Insane asylums Bombay 1873-77 - 1873-1877
Year: 1873
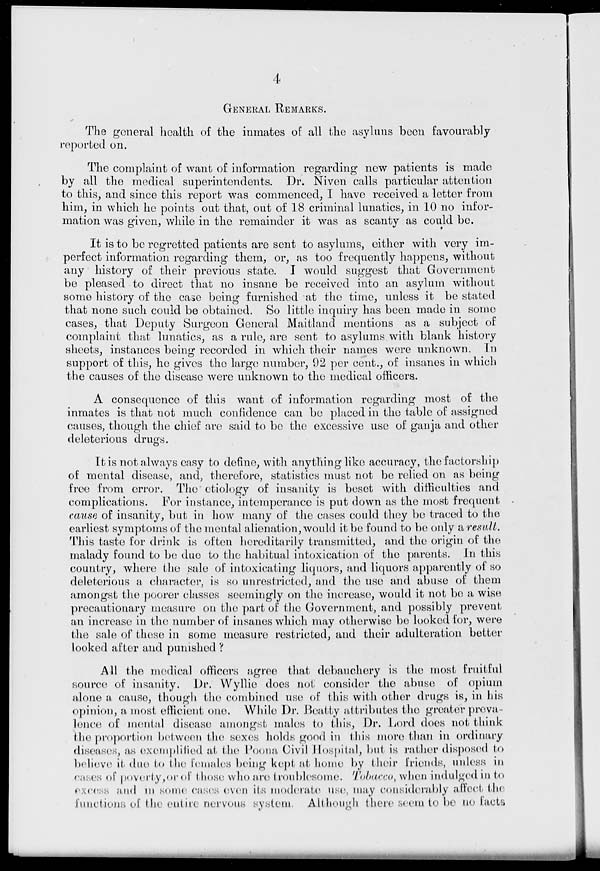
4
GENERAL REMARKS.
The general health of the inmates of all the asyluns been favourably
reported on.
The complaint of want of information regarding new patients is made
by all the medical superintendents. Dr. Niven calls particular attention
to this, and since this report was commenced, I have received a letter from
him, in which he points out that, out of 18 criminal lunatics, in 10 no infor-
mation was given, while in the remainder it was as scanty as could be.
It is to be regretted patients are sent to asylums, either with very im-
perfect information regarding them, or, as too frequently happens, without
any history of their previous state. I would suggest that Government
be pleased to direct that no insane be received into an asylum without
some history of the case being furnished at the time, unless it be stated
that none such could be obtained. So little inquiry has been made in some
cases, that Deputy Surgeon General Maitland mentions as a subject of
complaint that lunatics, as a rule, are sent to asylums with blank history
sheets, instances being recorded in which their names were unknown. In
support of this, he gives the large number, 92 per cent., of insanes in which
the causes of the disease were unknown to the medical officers.
A consequence of this want of information regarding most of the
inmates is that not much confidence can be placed in the table of assigned
causes, though the chief are said to be the excessive use of ganja and other
deleterious drugs.
It is not always easy to define, with anything like accuracy, the factorship
of mental disease, and, therefore, statistics must not be relied on as being
free from error. The etiology of insanity is beset with difficulties and
complications. For instance, intemperance is put down as the most frequent
cause of insanity, but in how many of the cases could they be traced to the
earliest symptoms of the mental alienation, would it be found to be only a result.
This taste for drink is often hereditarily transmitted, and the origin of the
malady found to be due to the habitual intoxication of the parents. In this
country, where the sale of intoxicating liquors, and liquors apparently of so
deleterious a character, is so unrestricted, and the use and abuse of them
amongst the poorer classes seemingly on the increase, would it not be a wise
precautionary measure on the part of the Government, and possibly prevent
an increase in the number of insanes which may otherwise be looked for, were
the sale of these in some measure restricted, and their adulteration better
looked after and punished ?
All the medical officers agree that debauchery is the most fruitful
source of insanity. Dr. Wyllie does not consider the abuse of opium
alone a cause, though the combined use of this with other drugs is, in his
opinion, a most efficient one. While Dr. Beatty attributes the greater preva-
lence of mental disease amongst males to this, Dr. Lord does not think
the proportion between the sexes holds good in this more than in ordinary
diseases, as exemplified at the Poona Civil Hospital, but is rather disposed to
believe it duo to the females being kept at home by their friends, unless in
eases of poverty,or of those who are troublesome. Tobacco, when indulged in to
excess and in some cases even its moderate use, may considerably affect the
functions of the entire nervous system. Although there seem to be no facta